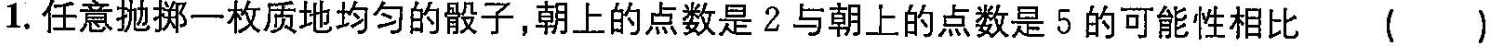
1. 任意抛掷一枚质地均匀的骰子，朝上的点数是2与朝上的点数是5的可能性相比 ()